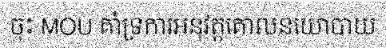
ចុះ MOU គាំទ្រការអនុវត្តគោលនយោបាយ